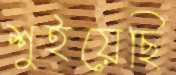
শুইয়েছি